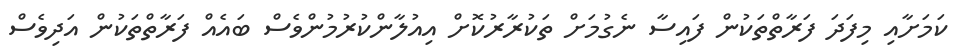
ކަމަށާއި މިފަދަ ފަރާތްތަކުން ފައިސާ ނެގުމަށް ތަކުރާރުކޮށް އިއުލާންކުރުމުންވެސް ބައެއް ފަރާތްތަކުން އަދިވެސް